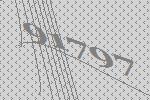
91797